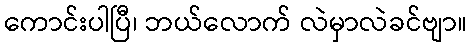
ကောင်းပါပြီ၊ ဘယ်လောက် လဲမှာလဲခင်ဗျာ။